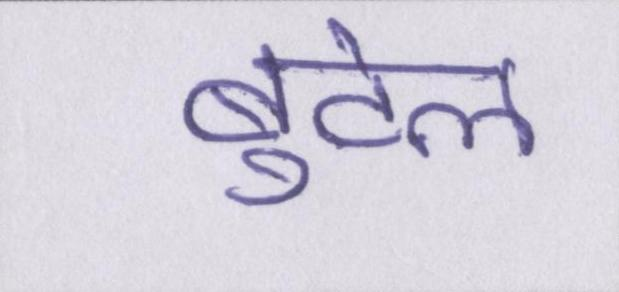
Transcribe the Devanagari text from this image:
बुटेल